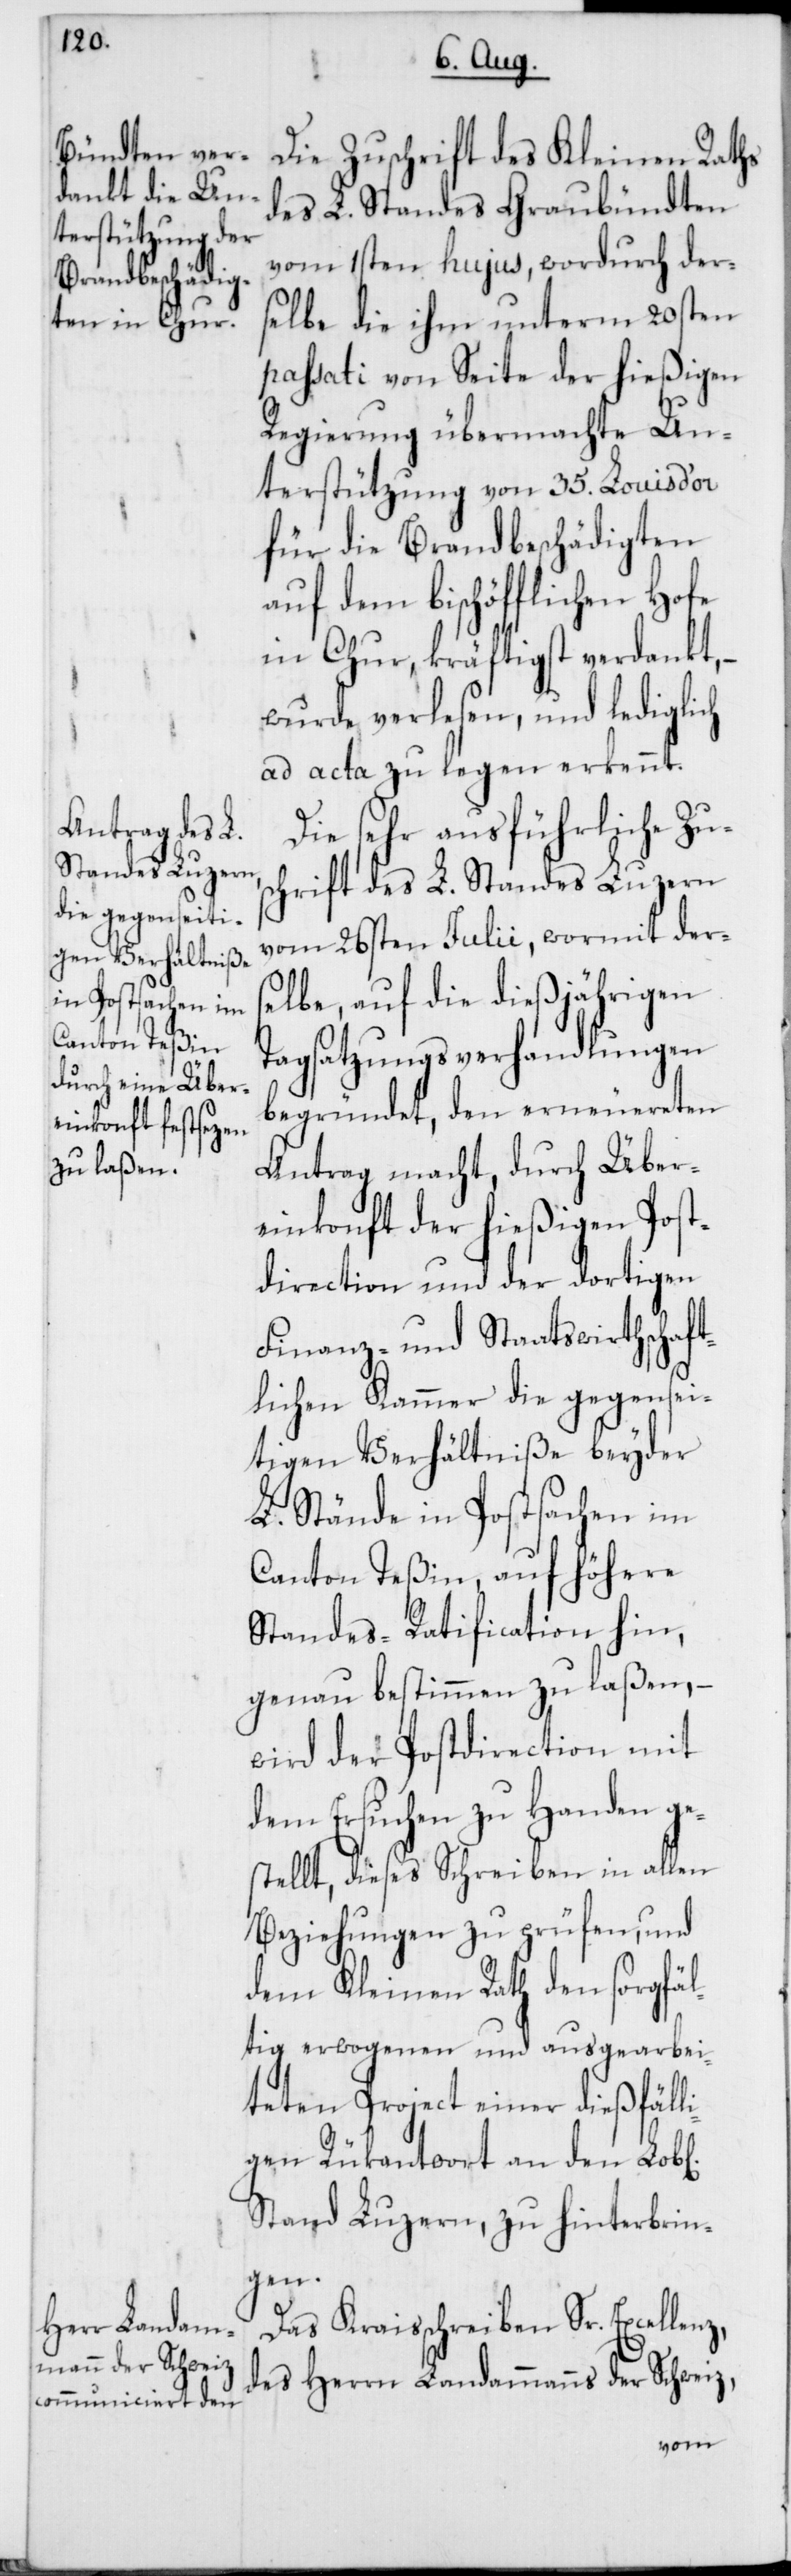
Die Zuschrift des Kleinen Raths
des L. Standes Graubündten
vom 1sten hujus, wodurch der¬
selbe die ihm unterm 20sten
passati von Seite der hießigen
Regierung übermachte Un¬
terstützung von 35 Louis d’or
für die Brandbeschädigten
auf dem bischöfflichen Hofe
in Chur, kräftigst verdankt,
wurde verlesen, und lediglich
ad acta zu legen erkennt.
Die sehr ausführliche Zus¬
chrift des L. Standes Luzern
vom 26sten Julii, wormit derse¬
lbe, auf die diesjährigen
Tagsatzungsverhandlungen
z,
begründet, den erneuereten
Antrag macht, durch Über¬
einkonft der hießigen Post¬
direction und der dortigen
Finanz- und Staatswirthschaft¬
lichen Kammer die gegensei¬
tigen Verhältniße beyder
L. Stände in Postsachen im
Canton Teßin, auf höhere
Standes-Ratification hin,
genau bestimmen zu laßen, –
wird der Postdirection mit
dem Ersuchen zu Handen ge¬
stellt, dieses Schreiben in allen
Beziehungen zu prüfen, und
dem Kleinen Rath den sorgfäl¬
tig erwogenen und ausgearbei¬
teten Project einer dießfäll¬
igen Rükantwort an den Lob[l¬
Stand Luzern, zu hinterbrin¬
gen.
Das Kreisschreiben Sr. Excellenz,
des Herrn Landammanns der Schwei¬
ichen]